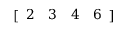
[ \begin{array} { l l l l } { 2 } & { 3 } & { 4 } & { 6 } \end{array} ]